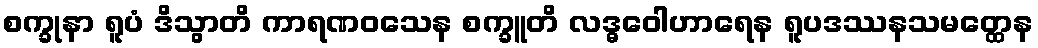
စက္ခုနာ ရူပံ ဒိသွာတိ ကာရဏဝသေန စက္ခူတိ လဒ္ဓဝေါဟာရေန ရူပဒဿနသမတ္ထေန